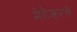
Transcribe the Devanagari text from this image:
मेहेकरचे